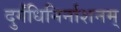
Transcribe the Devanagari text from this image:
दुर्गंधिनिर्नाशनम्